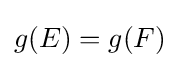
g(E)=g(F)